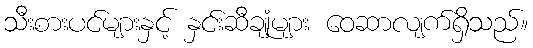
သီးစားပင်များနှင့် နှင်းဆီချုံများ ဝေဆာလျက်ရှိသည်။